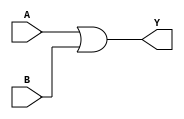
module orgate(output wire Y,
                             input wire A,B);
              or (Y,A,B);
endmodule